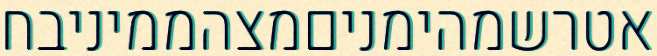
אטרשמהימניםמצהממיניבח